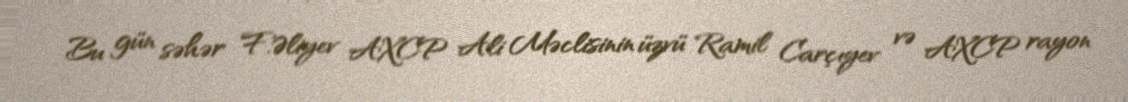
Bu gün səhər F.Əliyev AXCP Ali Məclisinin üzvü Ramil Carçıyev və AXCP rayon